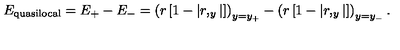
E _ { \mathrm { q u a s i l o c a l } } = E _ { + } - E _ { - } = \left( r \left[ 1 - \left| r , _ { y } \right| \right] \right) _ { y = y _ { + } } - \left( r \left[ 1 - \left| r , _ { y } \right| \right] \right) _ { y = y _ { - } } .